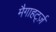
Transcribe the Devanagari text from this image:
मैगाहर्ट्ज़